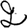
Digit: 2